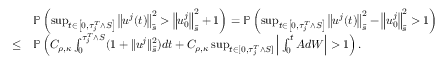
\begin{array} { r l } & { \mathbb P \left( \operatorname* { s u p } _ { t \in \left[ 0 , \tau _ { j } ^ { T } \wedge S \right] } \left\| u ^ { j } ( t ) \right\| _ { \tilde { s } } ^ { 2 } > \left\| u _ { 0 } ^ { j } \right\| _ { \tilde { s } } ^ { 2 } + 1 \right) = \mathbb P \left( \operatorname* { s u p } _ { t \in \left[ 0 , \tau _ { j } ^ { T } \wedge S \right] } \left\| u ^ { j } ( t ) \right\| _ { \tilde { s } } ^ { 2 } - \left\| u _ { 0 } ^ { j } \right\| _ { \tilde { s } } ^ { 2 } > 1 \right) } \\ { \leq } & { \mathbb P \left( C _ { \rho , \kappa } \int _ { 0 } ^ { \tau _ { j } ^ { T } \wedge S } ( 1 + \| u ^ { j } \| _ { \tilde { s } } ^ { 2 } ) d t + C _ { \rho , \kappa } \operatorname* { s u p } _ { t \in [ 0 , \tau _ { j } ^ { T } \wedge S ] } \Big | \int _ { 0 } ^ { t } A d W \Big | > 1 \right) . } \end{array}